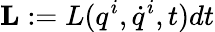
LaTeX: {\mathbf L}:=L(q^{i},\dot{q}^{i},t)dt